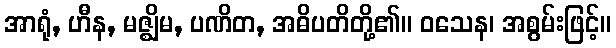
အာရုံ, ဟီန, မဇ္ဈိမ, ပဏိတ, အဓိပတိတို့၏။ ဝသေန၊ အစွမ်းဖြင့်။